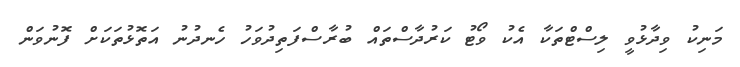
މަނިކު ވިދާޅުވީ ލިސްޓްތަކާ އެކު ވޯޓު ކަރުދާސްތައް ބުރާސްފަތިދުވަހު ހެނދުނު އަތޮޅުތަކަށް ފޮނުވަން